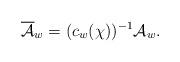
LaTeX: \begin{align*}\overline{\mathcal{A}}_w = (c_{w} (\chi))^{-1} \mathcal{A}_w.\end{align*}